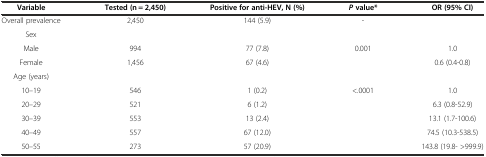
<table><thead><tr><td><b>Variable</b></td><td><b>Tested (n = 2,450)</b></td><td><b>Positive for anti-HEV, N (%)</b></td><td><b><i>P</i>value*</b></td><td><b>OR (95% CI)</b></td></tr></thead><tbody><tr><td>Overall prevalence</td><td>2,450</td><td>144 (5.9)</td><td>-</td><td></td></tr><tr><td>Sex</td><td></td><td></td><td></td><td></td></tr><tr><td>Male</td><td>994</td><td>77 (7.8)</td><td>0.001</td><td>1.0</td></tr><tr><td>Female</td><td>1,456</td><td>67 (4.6)</td><td></td><td>0.6 (0.4-0.8)</td></tr><tr><td>Age (years)</td><td></td><td></td><td></td><td></td></tr><tr><td>10–19</td><td>546</td><td>1 (0.2)</td><td>&lt;.0001</td><td>1.0</td></tr><tr><td>20–29</td><td>521</td><td>6 (1.2)</td><td></td><td>6.3 (0.8-52.9)</td></tr><tr><td>30–39</td><td>553</td><td>13 (2.4)</td><td></td><td>13.1 (1.7-100.6)</td></tr><tr><td>40–49</td><td>557</td><td>67 (12.0)</td><td></td><td>74.5 (10.3-538.5)</td></tr><tr><td>50–55</td><td>273</td><td>57 (20.9)</td><td></td><td>143.8 (19.8- &gt;999.9)</td></tr></tbody></table>